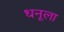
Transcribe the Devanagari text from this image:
धनूला